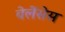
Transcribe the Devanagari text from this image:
बेलेंसेस